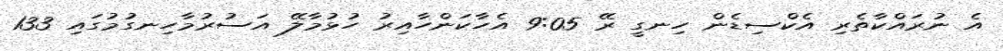
އެ ނުރައްކާތެރި އެކްސިޑެން ހިނގީ ރޭ 9:05 އެހާކަންހާއިރު ހުޅުމާލޭ އަސުރުމާހިނގުމުގައި 133